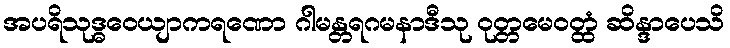
အပရိသုဒ္ဓဝေယျာကရဏော ဂါမန္တရဂမနာဒီသု ဝုတ္တမေဝတ္ထံ ဆိန္ဒာပေသိ